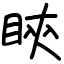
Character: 鿃